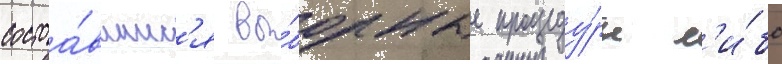
состоа́вшиес'я вы́борные процеду́ры л'и́бо